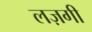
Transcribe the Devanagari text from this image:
लज़गी